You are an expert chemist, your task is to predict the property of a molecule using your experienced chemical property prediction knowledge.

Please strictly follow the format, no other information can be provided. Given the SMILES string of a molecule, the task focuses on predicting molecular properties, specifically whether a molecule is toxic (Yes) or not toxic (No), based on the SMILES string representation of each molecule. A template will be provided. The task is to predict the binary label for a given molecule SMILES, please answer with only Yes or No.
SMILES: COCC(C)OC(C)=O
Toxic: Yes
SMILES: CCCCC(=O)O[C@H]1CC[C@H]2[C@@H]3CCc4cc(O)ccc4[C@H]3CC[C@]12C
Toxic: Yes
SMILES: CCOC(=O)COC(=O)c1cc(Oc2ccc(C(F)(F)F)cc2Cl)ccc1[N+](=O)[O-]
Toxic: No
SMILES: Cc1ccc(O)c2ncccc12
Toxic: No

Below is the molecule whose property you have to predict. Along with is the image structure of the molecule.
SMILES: CCCCn1cc[n+](C)c1
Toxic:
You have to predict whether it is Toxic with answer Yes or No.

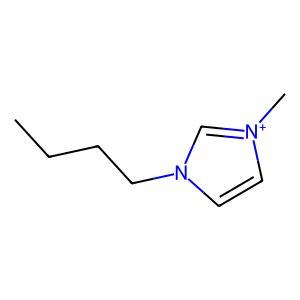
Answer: No